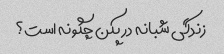
زندگی شبانه در پکن چگونه است؟